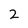
Character: 2